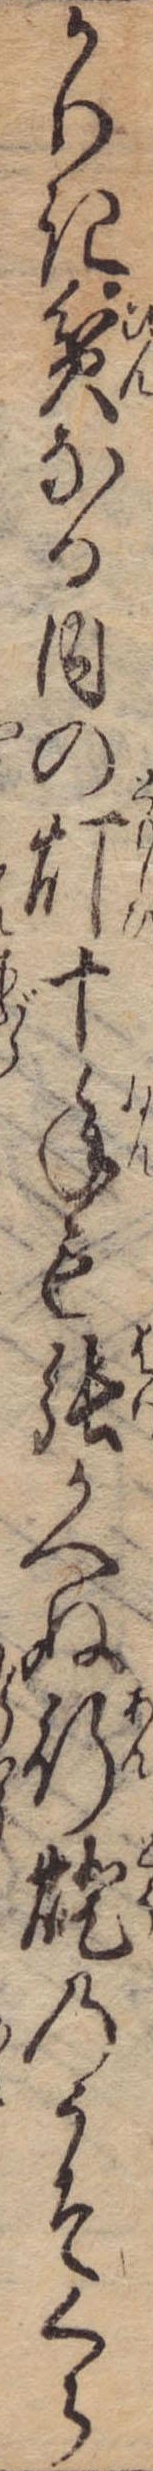
かりき貧なる内の灯十年も張かへぬ行灯のうそくら